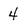
Character: 4